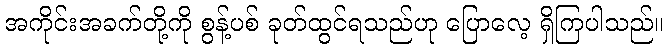
အကိုင်းအခက်တို့ကို စွန့်ပစ် ခုတ်ထွင်ရသည်ဟု ပြောလေ့ ရှိကြပါသည်။